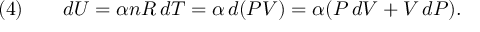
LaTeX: { \mathrm { ( 4 ) } } \qquad d U = \alpha n R \, d T = \alpha \, d ( P V ) = \alpha ( P \, d V + V \, d P ) .